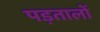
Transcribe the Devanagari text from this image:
पड़तालों